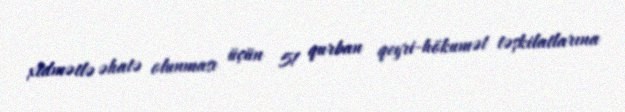
xidmətlə əhatə olunması üçün 51 qurban qeyri-hökumət təşkilatlarına